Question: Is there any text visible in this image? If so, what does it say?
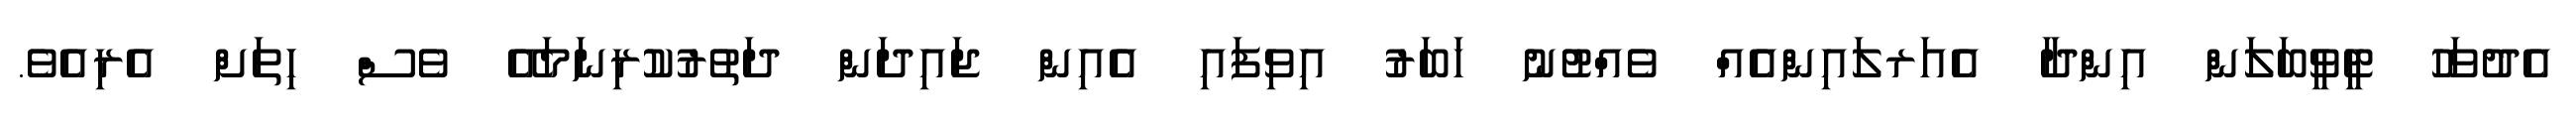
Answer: އެދުވަހު ޓީވީބަލަން އިންދާ އެއަރލައިންއެއް ވެއްޓުނު ޚަބަރު އިވިފައި އެއިން ޖައިދަން ދަތުރުކުރިނަމައޭ ވެސް ހިތަށް އެރިއެވެ.